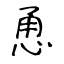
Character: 恿